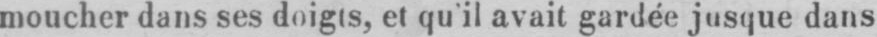
moucher dans ses doigts, et qu’il avait gardée jusque dans